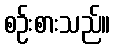
စဉ်းစားသည်။